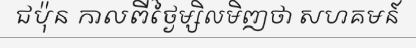
ជប៉ុន កាលពីថ្ងៃម្សិលមិញថា សហគមន៍